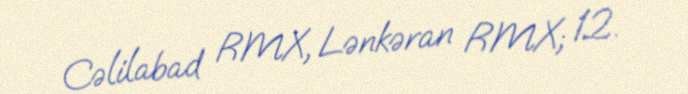
Cəlilabad RMX, Lənkəran RMX; 12.